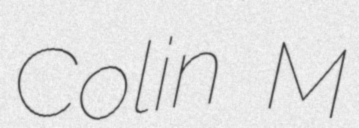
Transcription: Colin M